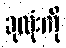
ခုလုံးကို